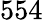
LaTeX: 554